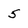
Character: 5